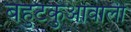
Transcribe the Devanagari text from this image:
बहुटकुआवाली